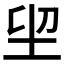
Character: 𡊂